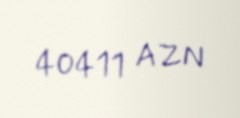
40411 AZN